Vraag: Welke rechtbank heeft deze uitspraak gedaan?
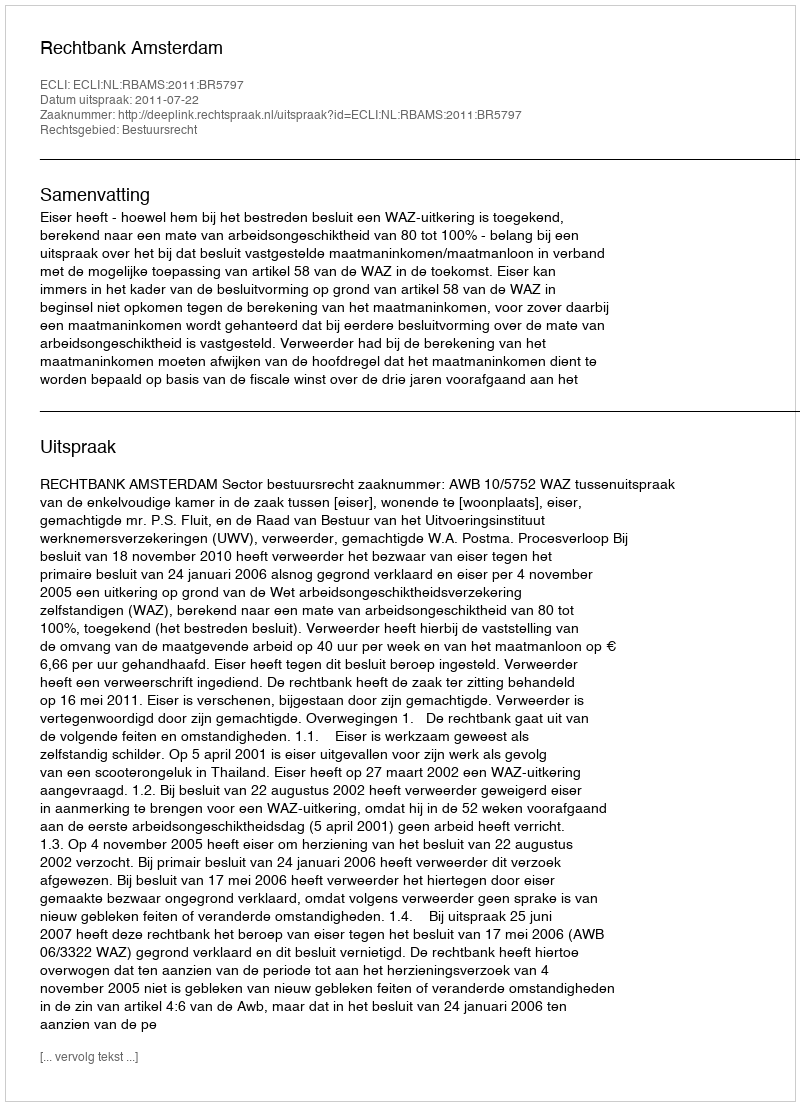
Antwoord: Rechtbank Amsterdam